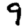
Digit: 9